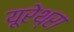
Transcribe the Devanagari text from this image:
यूरेथ्रा